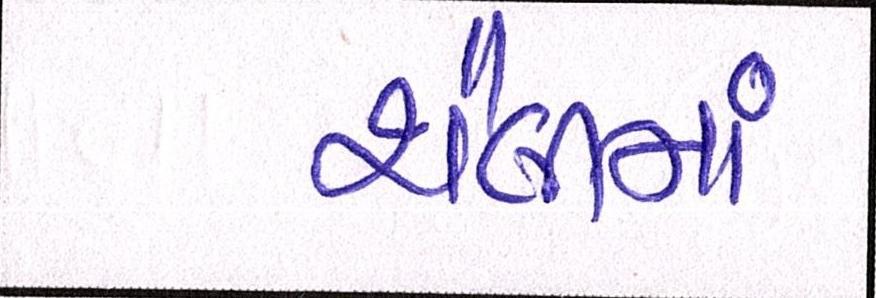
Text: શૈલીમાં